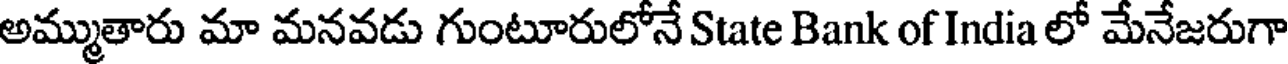
అమ్ముతారు మా మనవడు గుంటూరులోనే State Bank of India లో మేనేజరుగా